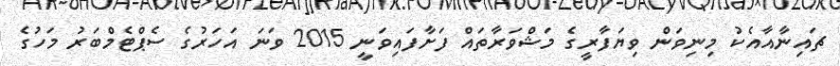
ޗައިނާއާއެކު މިނިވަން ވިޔަފާރީގެ މަޝްވަރާތައް ފަށާފައިވަނީ 2015 ވަނަ އަހަރުގެ ސެޕްޓެމްބަރު މަހުގެ